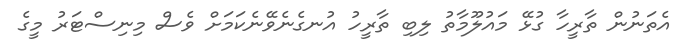
އެތަނުން ތާރީހާ ގުޅޭ މައުލޫމާތު ލިބި ތާރީހު އުނގެނެވޭނެކަމަށް ވެސް މިނިސްޓަރު މީގެ